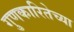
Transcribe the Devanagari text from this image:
गुणकारितेच्या